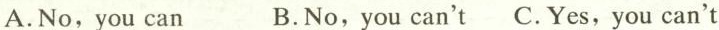
A.No,you can B.No,you can't C. Yes,you can't